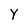
Character: Y